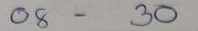
08 - 30